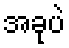
အခုပဲ